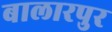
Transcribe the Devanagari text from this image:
बालारपुर